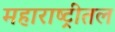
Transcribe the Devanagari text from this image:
महाराष्ट्रीतल